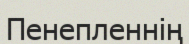
Пенепленнің